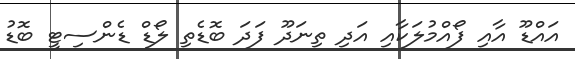
އައްޑޫ އާއި ފޯއްމުލަކާއި އަދި ތިނަދޫ ފަދަ ބޮޑެތި ލޯޑް ޑެންސިޓީ ބޮޑު